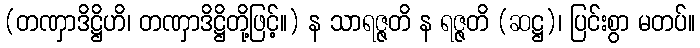
(တဏှာဒိဋ္ဌိဟိ၊ တဏှာဒိဋ္ဌိတို့ဖြင့်။) န သာရဇ္ဇတိ န ရဇ္ဇတိ (ဆဋ္ဌ)၊ ပြင်းစွာ မတပ်။